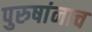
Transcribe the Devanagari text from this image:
पुरुषांनाच